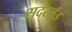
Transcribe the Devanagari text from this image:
सदरलँड